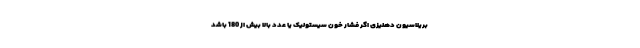
بریلاسیون دهلیزی اگر فشار خون سیستولیک یا عدد بالا بیش از 180 باشد